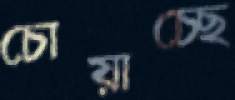
চোয়াচ্ছে